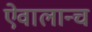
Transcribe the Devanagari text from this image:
ऐवालान्च